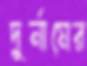
দুর্নামের